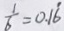
\frac { 1 } { 6 } = 0 . 1 \dot { 6 }